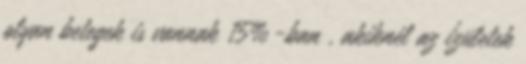
olyan betegek is vannak 15%-ban , akiknél az ízületek